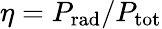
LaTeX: \eta=P_{\mathrm{rad}}/P_{\mathrm{tot}}